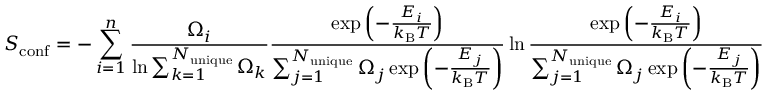
S _ { \mathrm { c o n f } } = - \sum _ { i = 1 } ^ { n } \frac { \Omega _ { i } } { \ln { \sum _ { k = 1 } ^ { N _ { \mathrm { u n i q u e } } } \Omega _ { k } } } \frac { \exp { \left( - \frac { E _ { i } } { k _ { \mathrm { B } } T } \right) } } { \sum _ { j = 1 } ^ { N _ { \mathrm { u n i q u e } } } \Omega _ { j } \exp { \left( - \frac { E _ { j } } { k _ { \mathrm { B } } T } \right) } } \ln { \frac { \exp { \left( - \frac { E _ { i } } { k _ { \mathrm { B } } T } \right) } } { \sum _ { j = 1 } ^ { N _ { \mathrm { u n i q u e } } } \Omega _ { j } \exp { \left( - \frac { E _ { j } } { k _ { \mathrm { B } } T } \right) } } }